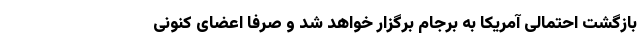
بازگشت احتمالی آمریکا به برجام برگزار خواهد شد و صرفا اعضای کنونی